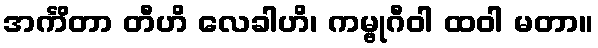
အင်္ကိတာ တီဟိ လေခါဟိ၊ ကမ္ဗုဂီဝါ ထဝါ မတာ။